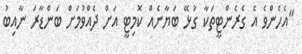
"އެހެންވެ އެ ގެރެންޓީތަކާ ގުޅޭ ބަޔާނެއް ކޮމިޓީ އަށް ދެއްވުމަށް ބަންޑާރަ ނާއިބު